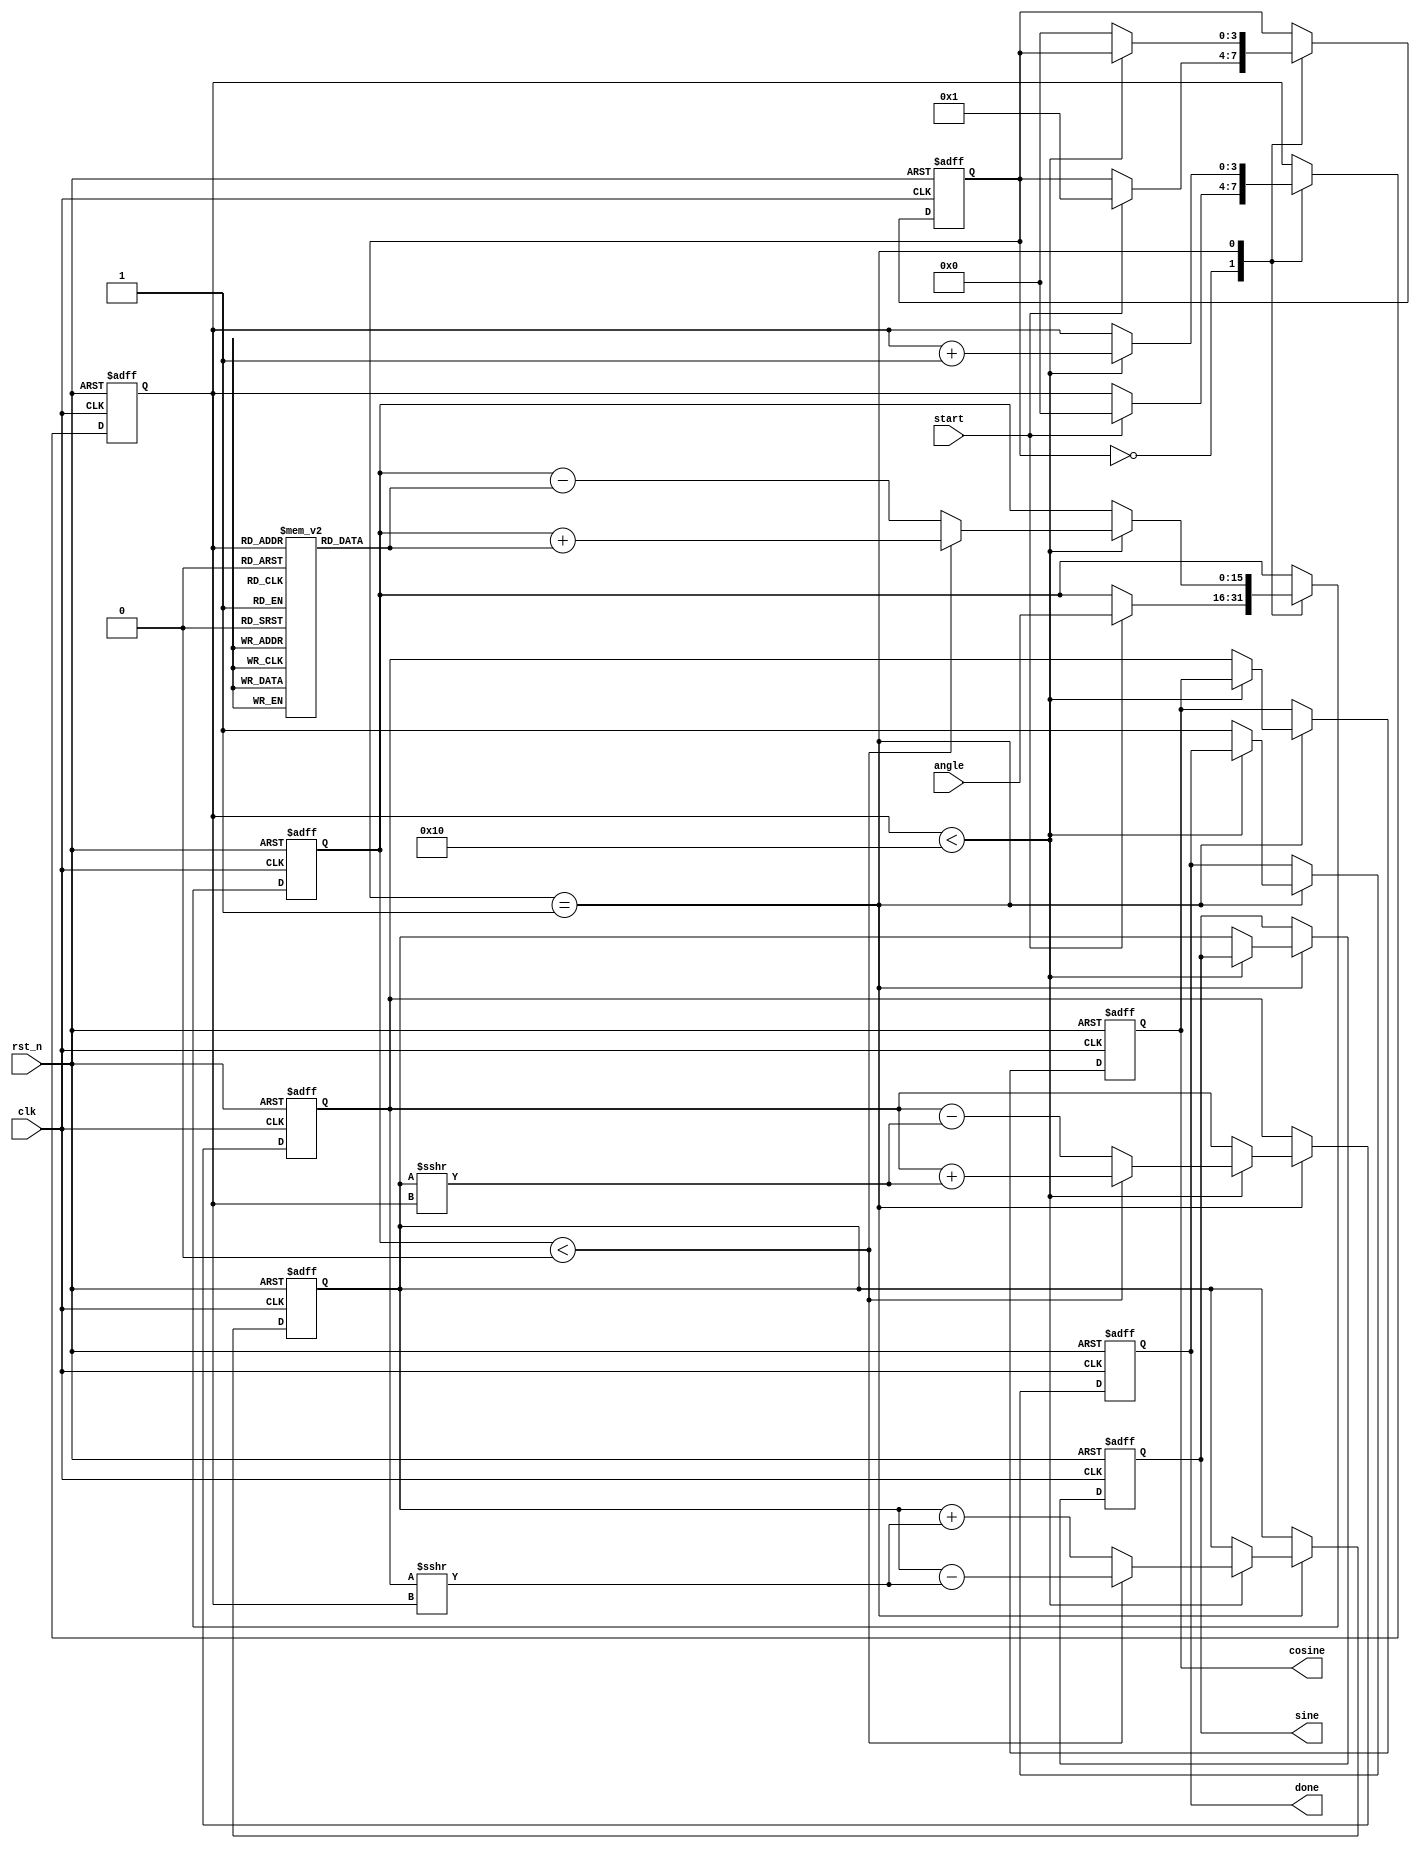
module cordic(
    input wire clk,
    input wire rst_n,
    input wire start,
    input wire [15:0] angle, // Input angle in fixed-point representation
    output reg [15:0] sine,   // Output sine value
    output reg [15:0] cosine,  // Output cosine value
    output reg done           // Operation done flag
);

    // CORDIC parameters
    parameter NUM_ITERATIONS = 16; // Number of iterations
    reg [15:0] x, y, z; // x, y coordinates, and angle z
    reg [NUM_ITERATIONS-1:0] angle_table [0:NUM_ITERATIONS-1]; // Lookup table for arctan values
    reg [3:0] state; // State variable for FSM
    reg [3:0] iteration_count; // Iteration counter

    // Initialize angle table with arctangent values (fixed-point representation)
    initial begin
        angle_table[0] = 16'h26DD; // atan(1) = 45 degrees
        angle_table[1] = 16'h1C71; // atan(0.5)
        angle_table[2] = 16'h14C9; // atan(0.25)
        angle_table[3] = 16'h0D8E; // atan(0.125)
        angle_table[4] = 16'h05A8; // atan(0.0625)
        // ... Initialize remaining values
    end

    // State machine for CORDIC operation
    always @(posedge clk or negedge rst_n) begin
        if (!rst_n) begin
            state <= 0;
            done <= 0;
            iteration_count <= 0;
            x <= 16'h0001; // Initial x value (1.0 in fixed-point)
            y <= 16'h0000; // Initial y value (0.0 in fixed-point)
            z <= 0;        // Initial angle
            sine <= 0;
            cosine <= 0;
        end else begin
            case (state)
                0: begin // Idle state
                    if (start) begin
                        z <= angle;
                        iteration_count <= 0;
                        state <= 1; // Move to iteration state
                    end
                end
                1: begin // Iteration state
                    if (iteration_count < NUM_ITERATIONS) begin
                        if (z < 0) begin
                            // Rotate clockwise
                            x <= x + (y >>> iteration_count);
                            y <= y - (x >>> iteration_count);
                            z <= z + angle_table[iteration_count];
                        end else begin
                            // Rotate counter-clockwise
                            x <= x - (y >>> iteration_count);
                            y <= y + (x >>> iteration_count);
                            z <= z - angle_table[iteration_count];
                        end
                        iteration_count <= iteration_count + 1;
                    end else begin
                        // Finished iterations
                        sine <= y;
                        cosine <= x;
                        done <= 1;
                        state <= 0; // Go back to idle
                    end
                end
            endcase
        end
    end

endmodule